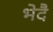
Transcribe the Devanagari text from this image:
भेदै